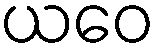
ယဝေ